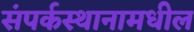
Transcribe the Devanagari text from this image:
संपर्कस्थानामधील